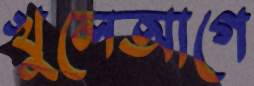
খুলেআগে